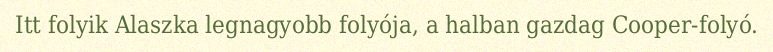
Itt folyik Alaszka legnagyobb folyója, a halban gazdag Cooper-folyó.